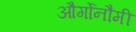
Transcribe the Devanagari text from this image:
और्गोनौमी